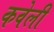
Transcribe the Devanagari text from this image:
कवेली